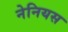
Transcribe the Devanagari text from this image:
नेनियस